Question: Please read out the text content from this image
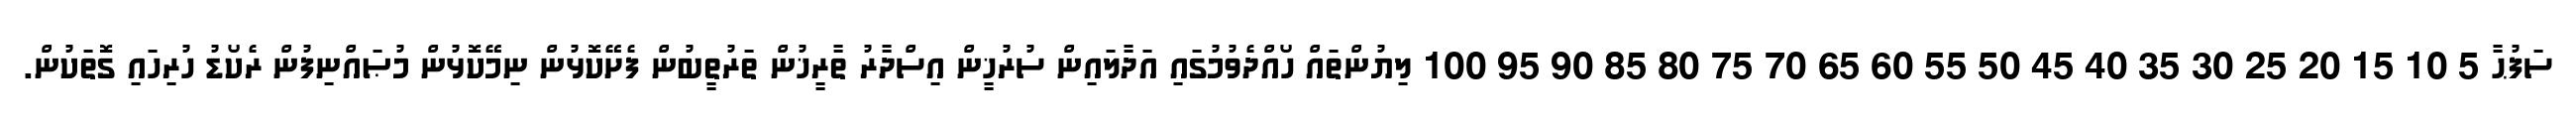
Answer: ސަފުޙާ 5 10 15 20 25 30 35 40 45 50 55 60 65 70 75 80 85 90 95 100 ލިޔުންތައް ހޯއްދެވުމުގައި އަދާލައިން ސުރުޚީން އިސްދާރު ތާރީޚުން ތަރުތީބުން ފެށޭކޮޅުން ނިމޭކޮޅުން މުޞައްނިފުން ރެކޯޑު ހުރިހައި ގޮތަކުން.